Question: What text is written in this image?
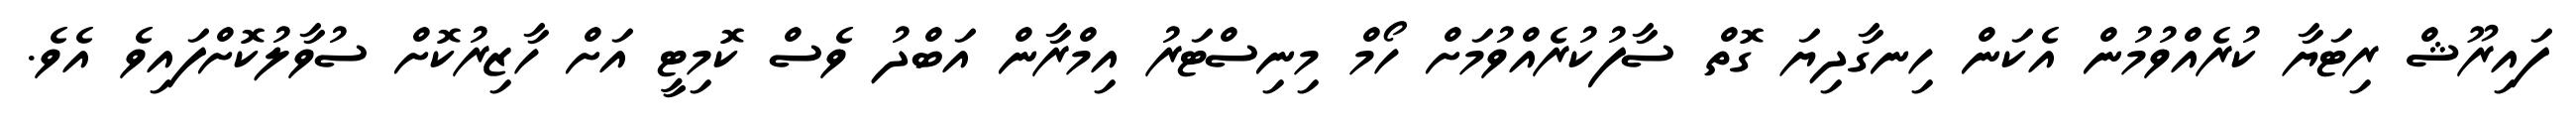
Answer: ފައިރޫޝް ރިޓަޔާ ކުރެއްވުމުން އެކަން ހިނގާދިޔަ ގޮތް ސާފުކުރެއްވުމަށް ހޯމް މިނިސްޓަރު އިމްރާން އަބްދު ވެސް ކޮމިޓީ އަށް ހާޒިރުކޮށް ސުވާލުކޮށްފައިވެ އެވެ.